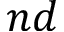
n d